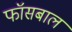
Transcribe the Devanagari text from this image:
फॉसबाल